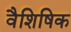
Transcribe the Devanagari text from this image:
वैशिषिक